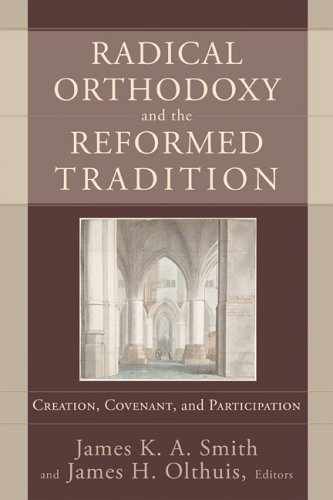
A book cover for Radical Orthodoxy and the Reformed Tradition: Creation, Covenant, and Participation; Christian Books & Bibles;